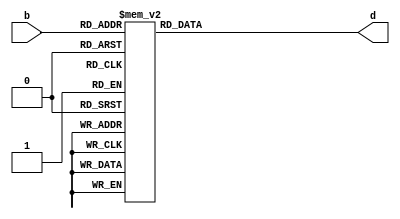
module decoder(b,d);

	input [3:0]b;
	output reg [6:0]d;
	
	always@(b)
		begin
			case (b)
				4'b0000 : d=~7'b0111111;	//0
				4'b0001 : d=~7'b0000110;	//1
				4'b0010 : d=~7'b1011011;	//2
				4'b0011 : d=~7'b1001111;	//3
				4'b0100 : d=~7'b1100110;	//4
				4'b0101 : d=~7'b1101101;	//5
				4'b0110 : d=~7'b1111101;	//6
				4'b0111 : d=~7'b0000111;	//7
				4'b1000 : d=~7'b1111111;	//8
				4'b1001 : d=~7'b1101111;	//9
				4'b1010 : d=~7'b1110111;	//A
				4'b1011 : d=~7'b1111100;	//B
				4'b1100 : d=~7'b0111001;	//C
				4'b1101 : d=~7'b1011110;	//D
				4'b1110 : d=~7'b1111001;	//E
				4'b1111 : d=~7'b1110001;	//F
			endcase
		end

endmodule